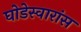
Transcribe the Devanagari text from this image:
घोडेस्वारांस